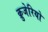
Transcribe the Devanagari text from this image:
क्रुजेरियो